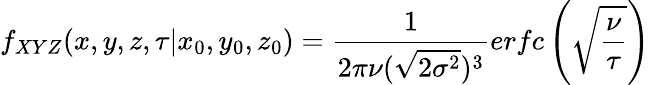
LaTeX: f_{XYZ}(x,y,z,\tau\vert x_{0},y_{0},z_{0})=\frac{1}{2\pi\nu(\sqrt{2\sigma^{2}})^{3}}erfc\left(\sqrt{\frac{\nu}{\tau}}\right)